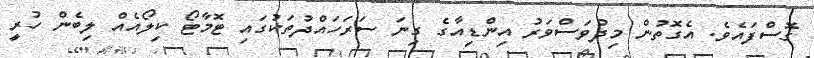
ގޮސްފައެވެ. އެގޮތުން މިދުވަސްވަރު އިންޑިއާގެ ގިނަ ސަރަހައްދުތަކުގައި ޓޮމާޓޯ ކިލޯއެއް ލިބެން ހުރީ